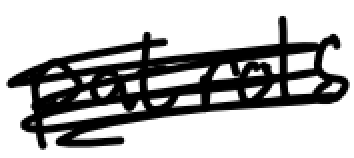
Text: patrols
Cross-out: scratch
Writing tool: digital_black